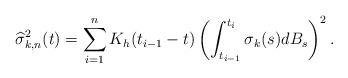
LaTeX: \begin{align*}\widehat{\sigma}_{k,n}^2(t)=\sum_{i=1}^nK_h(t_{i-1}-t)\left(\int_{t_{i-1}}^{t_i}\sigma_k(s)dB_s\right)^2.\end{align*}